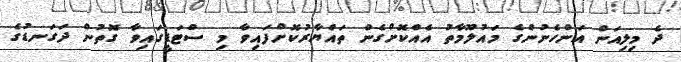
ދެ މިލިއަން އަންހެނުންގެ މައުލޫމާތު އެއްކޮށްގެން ތައްޔާރުކޮށްފައިވާ މި ސްޓަޑީގައިވާ ގޮތުން ދަގަނޑުގެ